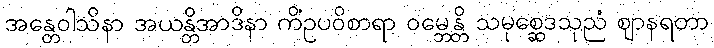
အန္တေဝါသိနာ အယန္တိအာဒိနာ ကိံဥပဝိစာရာ ဝမ္ဘေန္တိ သမုစ္ဆေဒသုညံ ဈာနရတာ